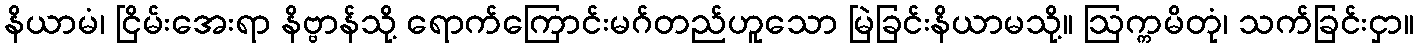
နိယာမံ၊ ငြိမ်းအေးရာ နိဗ္ဗာန်သို့ ရောက်ကြောင်းမဂ်တည်ဟူသော မြဲခြင်းနိယာမသို့။ ဩက္ကမိတုံ၊ သက်ခြင်းငှာ။